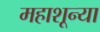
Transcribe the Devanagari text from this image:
महाशून्या